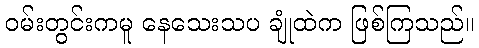
ဝမ်းတွင်းကမူ နေသေးသပ ချုံထဲက ဖြစ်ကြသည်။